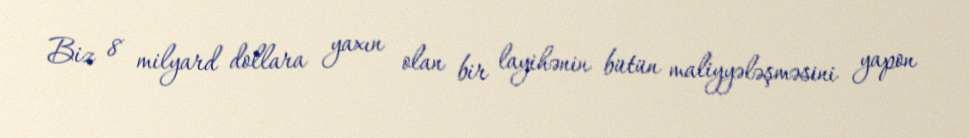
Biz 8 milyard dollara yaxın olan bir layihənin bütün maliyyələşməsini yapon